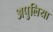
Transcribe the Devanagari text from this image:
अपुलिया